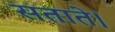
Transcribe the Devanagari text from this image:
सताते।